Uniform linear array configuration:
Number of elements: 48
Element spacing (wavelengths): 1
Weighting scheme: binomial
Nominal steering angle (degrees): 30
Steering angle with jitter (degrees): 31.341
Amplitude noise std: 0.05
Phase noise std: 0.05

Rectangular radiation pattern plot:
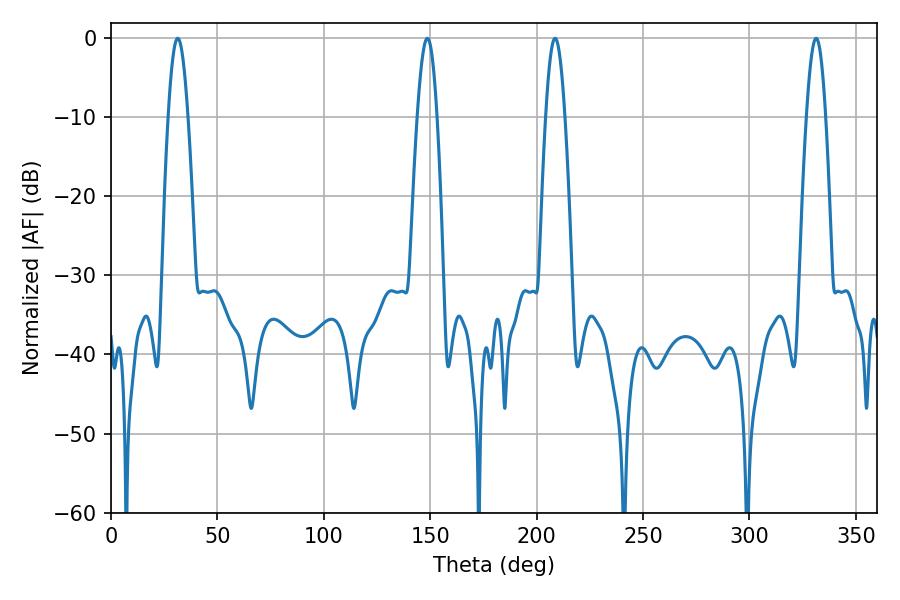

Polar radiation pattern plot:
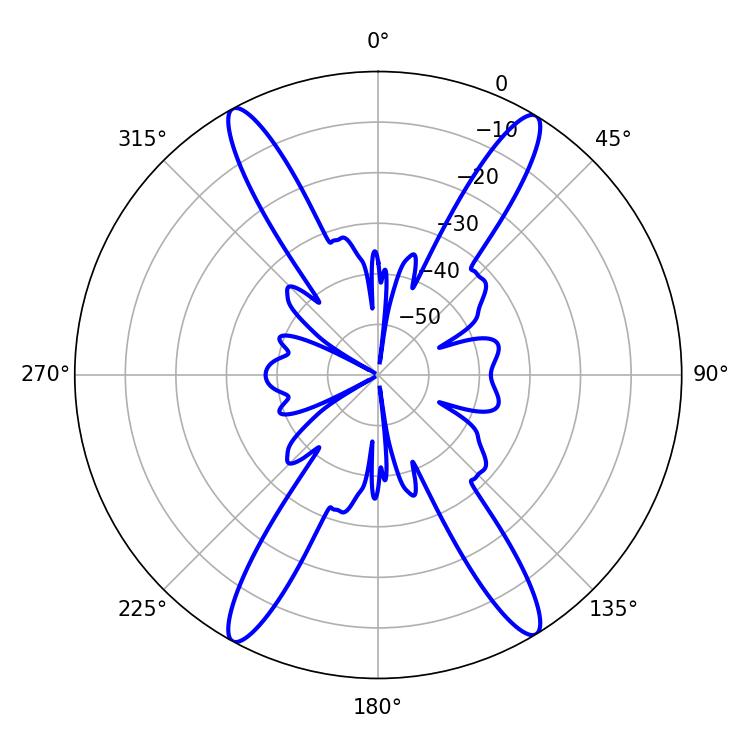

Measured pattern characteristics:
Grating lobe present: TRUE
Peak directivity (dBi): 22.76
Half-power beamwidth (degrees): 4.86
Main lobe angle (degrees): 31.32